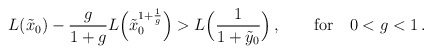
\begin{align*} L ( \tilde{x}_0 ) - \frac{g}{1+g} L\Bigl( \tilde{x}_0^{1+\frac 1g} \Bigr) > L\Bigl(\frac{1}{ 1+\tilde{y}_0 } \Bigr) \,, \qquad {\rm for} \quad 0 < g < 1 \,.\end{align*}